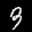
Label: 3